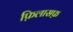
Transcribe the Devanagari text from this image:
फ़िलासफ़